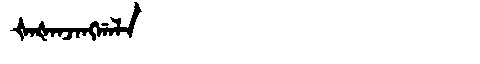
Manchu: ᡧᠠᡧᠠᠨᠵᠠᠩᡤᠠᠯᠠ
Romanization: ŠAŠANJANGGALA